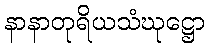
နာနာတုရိယသံဃုဋ္ဌော